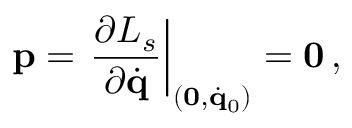
{ \bf p } = \left. \frac { \partial { \cal L } _ { s } } { \partial \dot { \bf q } } \right| _ { ( { \bf 0 } , \dot { \bf q } _ { 0 } ) } = { \bf 0 } \, ,